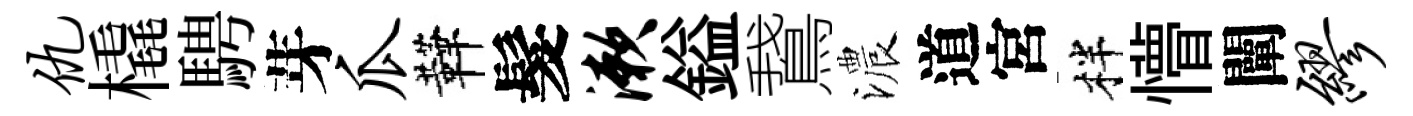
仇橇騁芽瓜鞾髮漱鎰鵞濃道宮柈懵闡缪